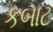
કબાટ